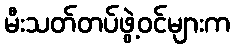
မီးသတ်တပ်ဖွဲ့ဝင်များက